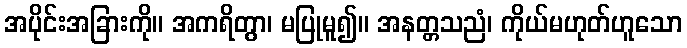
အပိုင်းအခြားကို။ အကရိတွာ၊ မပြုမူ၍။ အနတ္တသညံ၊ ကိုယ်မဟုတ်ဟူသော